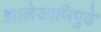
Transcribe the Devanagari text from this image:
झालेआणिपुढे